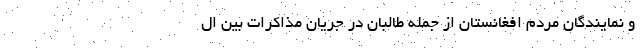
و نمایندگان مردم افغانستان از جمله طالبان در جریان مذاکرات بین ال